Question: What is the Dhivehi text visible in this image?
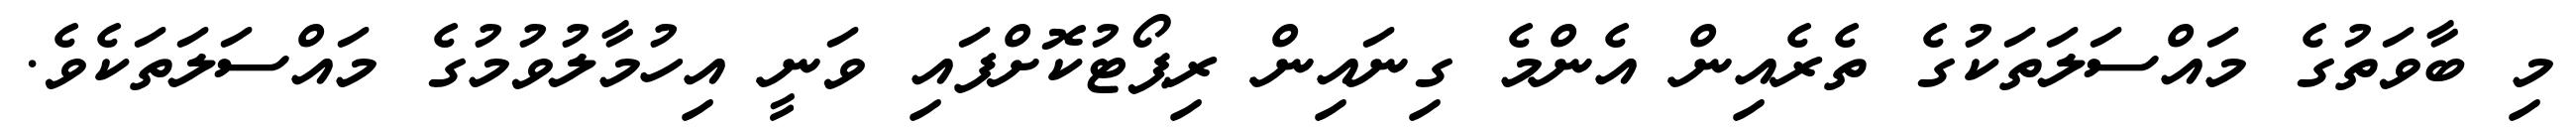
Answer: މި ބާވަތުގެ މައްސަލަތަކުގެ ތެރެއިން އެންމެ ގިނައިން ރިޕޯޓުކޮށްފައި ވަނީ އިހުމާލުވުމުގެ މައްސަލަތަކެވެ.